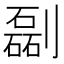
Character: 㔏